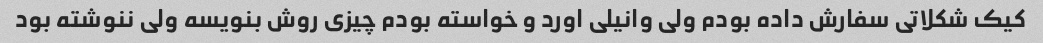
کیک شکلاتی سفارش داده بودم ولی وانیلی اورد و خواسته بودم چیزی روش بنویسه ولی ننوشته بود